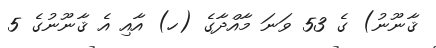
ޤާނޫނު) ގެ 53 ވަނަ މާއްދާގެ (ހ) އާއި އެ ޤާނޫނުގެ 5